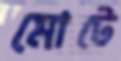
মোটে